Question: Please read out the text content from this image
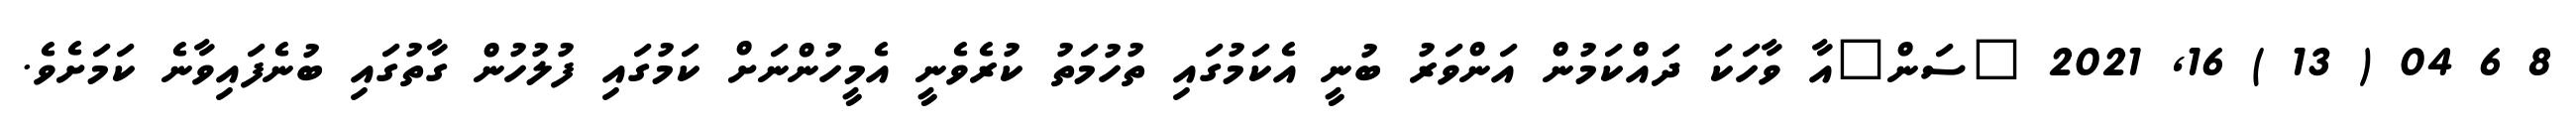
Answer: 8 6 04 ( 13 ) 16, 2021 "ސަން"އާ ވާހަކަ ދައްކަމުން އަންވަރު ބުނީ އެކަމުގައި ތުހުމަތު ކުރެވެނީ އެމީހުންނަށް ކަމުގައި ފުލުހުން ގާތުގައި ބުނެފައިވާނެ ކަމަށެވެ.